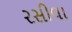
રસીલા